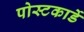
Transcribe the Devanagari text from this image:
पोस्टकार्डे